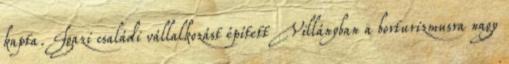
kapta. Igazi családi vállalkozást épített Villányban a borturizmusra nagy